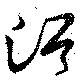
浴